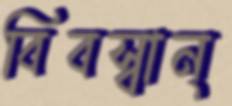
বিবস্বান্‌